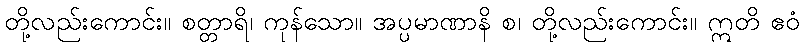
တို့လည်းကောင်း။ စတ္တာရိ၊ ကုန်သော။ အပ္ပမာဏာနိ စ၊ တို့လည်းကောင်း။ ဣတိ ဧဝံ